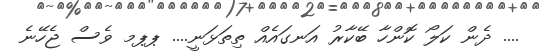
.... ދެން ކަލޯ ކޮންހާ ބޭކާރު އަނގައެއް ތިތަޅަނީ.... ޕޕމ ވެސް ޖެހޭނެ